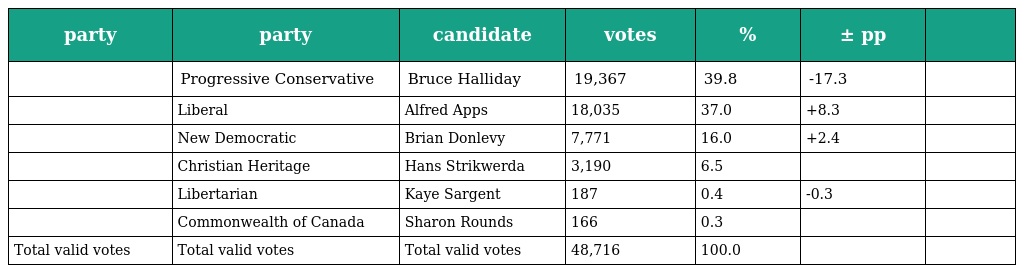
| party | party | candidate | votes | % | ± pp |  |
 | --- | --- | --- | --- | --- | --- | --- |
 |  | Progressive Conservative | Bruce Halliday | 19,367 | 39.8 | -17.3 |  |
 |  | Liberal | Alfred Apps | 18,035 | 37.0 | +8.3 |  |
 |  | New Democratic | Brian Donlevy | 7,771 | 16.0 | +2.4 |  |
 |  | Christian Heritage | Hans Strikwerda | 3,190 | 6.5 |  |  |
 |  | Libertarian | Kaye Sargent | 187 | 0.4 | -0.3 |  |
 |  | Commonwealth of Canada | Sharon Rounds | 166 | 0.3 |  |  |
 | Total valid votes | Total valid votes | Total valid votes | 48,716 | 100.0 |  |  |